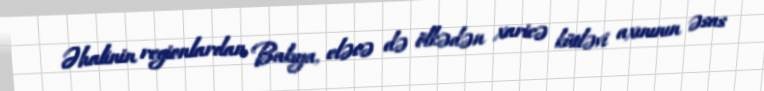
Əhalinin regionlardan Bakıya, eləcə də ölkədən xaricə kütləvi axınının əsas